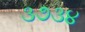
૩૭૩૪